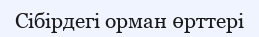
Сібірдегі орман өрттері